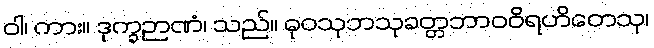
ဝါ၊ ကား။ ဒုက္ခဉာဏံ၊ သည်။ ဓုဝသုဘသုခတ္တဘာဝဝိရဟိတေသု၊